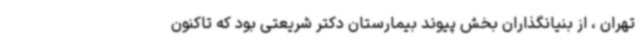
تهران ، از بنیانگذاران بخش پیوند بیمارستان دکتر شریعتی بود که تاکنون